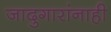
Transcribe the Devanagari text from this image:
जादुगारांनाही